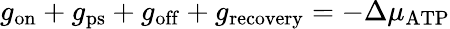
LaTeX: g_{\mathrm{on}}+g_{\mathrm{ps}}+g_{\mathrm{off}}+g_{\mathrm{recovery}}=-\Delta\mu_{\mathrm{ATP}}